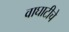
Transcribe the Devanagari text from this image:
वाघाटीचे